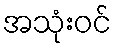
အသုံးဝင်